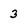
Character: 3